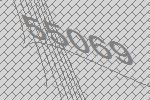
55069